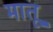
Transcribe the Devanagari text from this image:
मातू